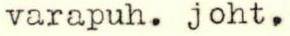
varapuh. joht.